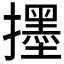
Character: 𱡅